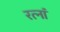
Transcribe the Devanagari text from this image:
रत्‍नां